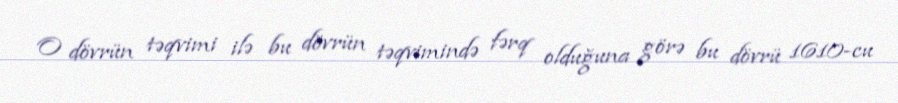
O dövrün təqvimi ilə bu dövrün təqvimində fərq olduğuna görə bu dövrü 1610-cu